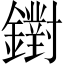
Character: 鑆